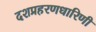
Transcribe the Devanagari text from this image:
दशप्रहरणधारिणी